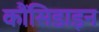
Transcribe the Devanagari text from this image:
कौंसिडाइन